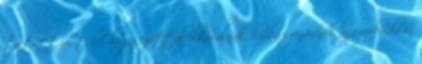
tartottam tőle, hogy ezúttal elhasalnak, hiába szenvednek az ezredfordulón